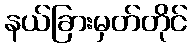
နယ်ခြားမှတ်တိုင်